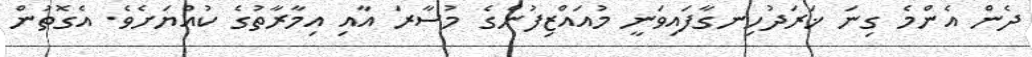
ދެން އެންމެ ގިނަ ޚަރަދުހިނގާފައިވަނީ މުއައްޒިފުންގެ މުސާރަ އާއި އިމާރާތުގެ ކުއްޔަށެވެ. އެގޮތުން